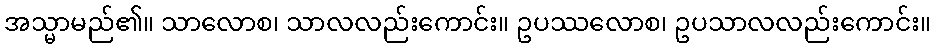
အသ္မာမည်၏။ သာလောစ၊ သာလလည်းကောင်း။ ဥပဿလောစ၊ ဥပသာလလည်းကောင်း။